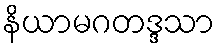
နိယာမဂတဒ္ဒသာ